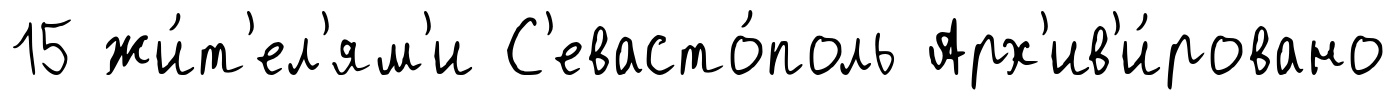
15 жи́т'ел'ям'и С'евасто́поль Арх'ив'и́ровано